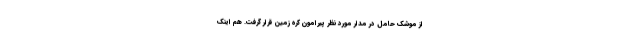
از موشک حامل در مدار مورد نظر پیرامون کره زمین قرار گرفت. هم اینک